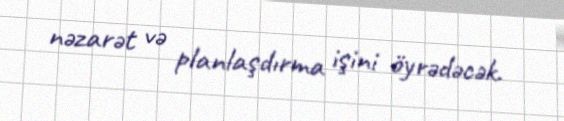
nəzarət və planlaşdırma işini öyrədəcək.